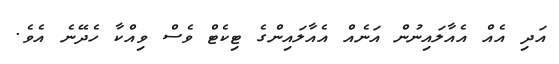
އަދި އެއް އެއާލައިނުން އަނެއް އެއާލައިންގެ ޓިކެޓް ވެސް ވިއްކާ ހެދޭނެ އެވެ.